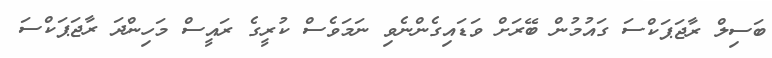
ބަސިލް ރާޖަޕަކްސަ ގައުމުން ބޭރަށް ވަޑައިގެންނެވި ނަމަވެސް ކުރީގެ ރައީސް މަހިންދަ ރާޖަޕަކްސަ